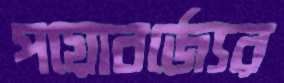
পয়োবর্জ্যের